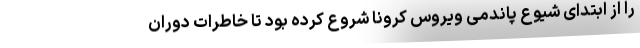
را از ابتدای شیوع پاندمی ویروس کرونا شروع کرده بود تا خاطرات دوران